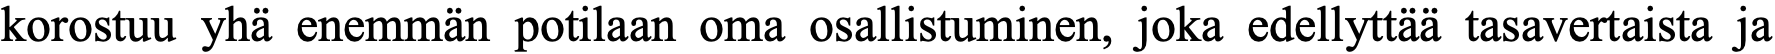
korostuu yhä enemmän potilaan oma osallistuminen, joka edellyttää tasavertaista ja